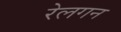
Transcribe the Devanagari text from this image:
रेलगन